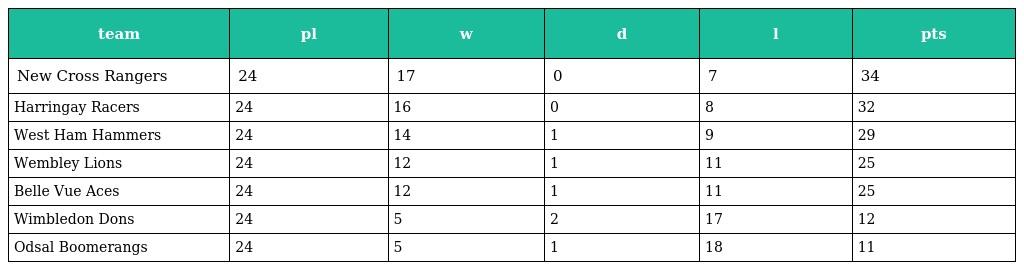
| team | pl | w | d | l | pts |
 | --- | --- | --- | --- | --- | --- |
 | New Cross Rangers | 24 | 17 | 0 | 7 | 34 |
 | Harringay Racers | 24 | 16 | 0 | 8 | 32 |
 | West Ham Hammers | 24 | 14 | 1 | 9 | 29 |
 | Wembley Lions | 24 | 12 | 1 | 11 | 25 |
 | Belle Vue Aces | 24 | 12 | 1 | 11 | 25 |
 | Wimbledon Dons | 24 | 5 | 2 | 17 | 12 |
 | Odsal Boomerangs | 24 | 5 | 1 | 18 | 11 |